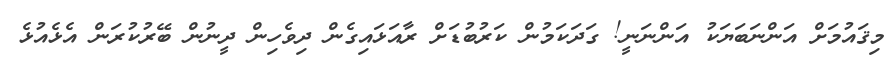
މިޤައުމަށް އަންނަބަޔަކު އަންނަނީ! ގަދަކަމުން ކަރުބުޑަށް ރާއަޅައިގެން ދިވެހިން ދީނުން ބޭރުކުރަން އެޅެއުޅެ